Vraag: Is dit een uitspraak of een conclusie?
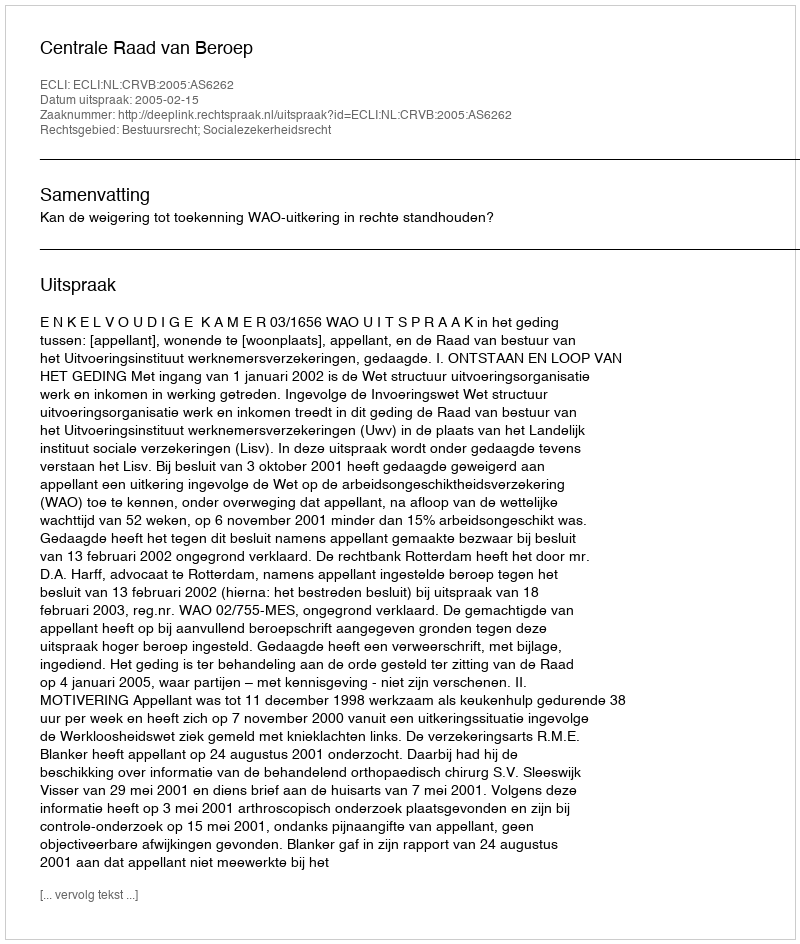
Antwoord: Uitspraak